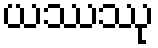
ယဿဿု